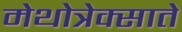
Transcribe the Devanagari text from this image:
मेथोत्रेक्साते